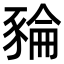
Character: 𧱜